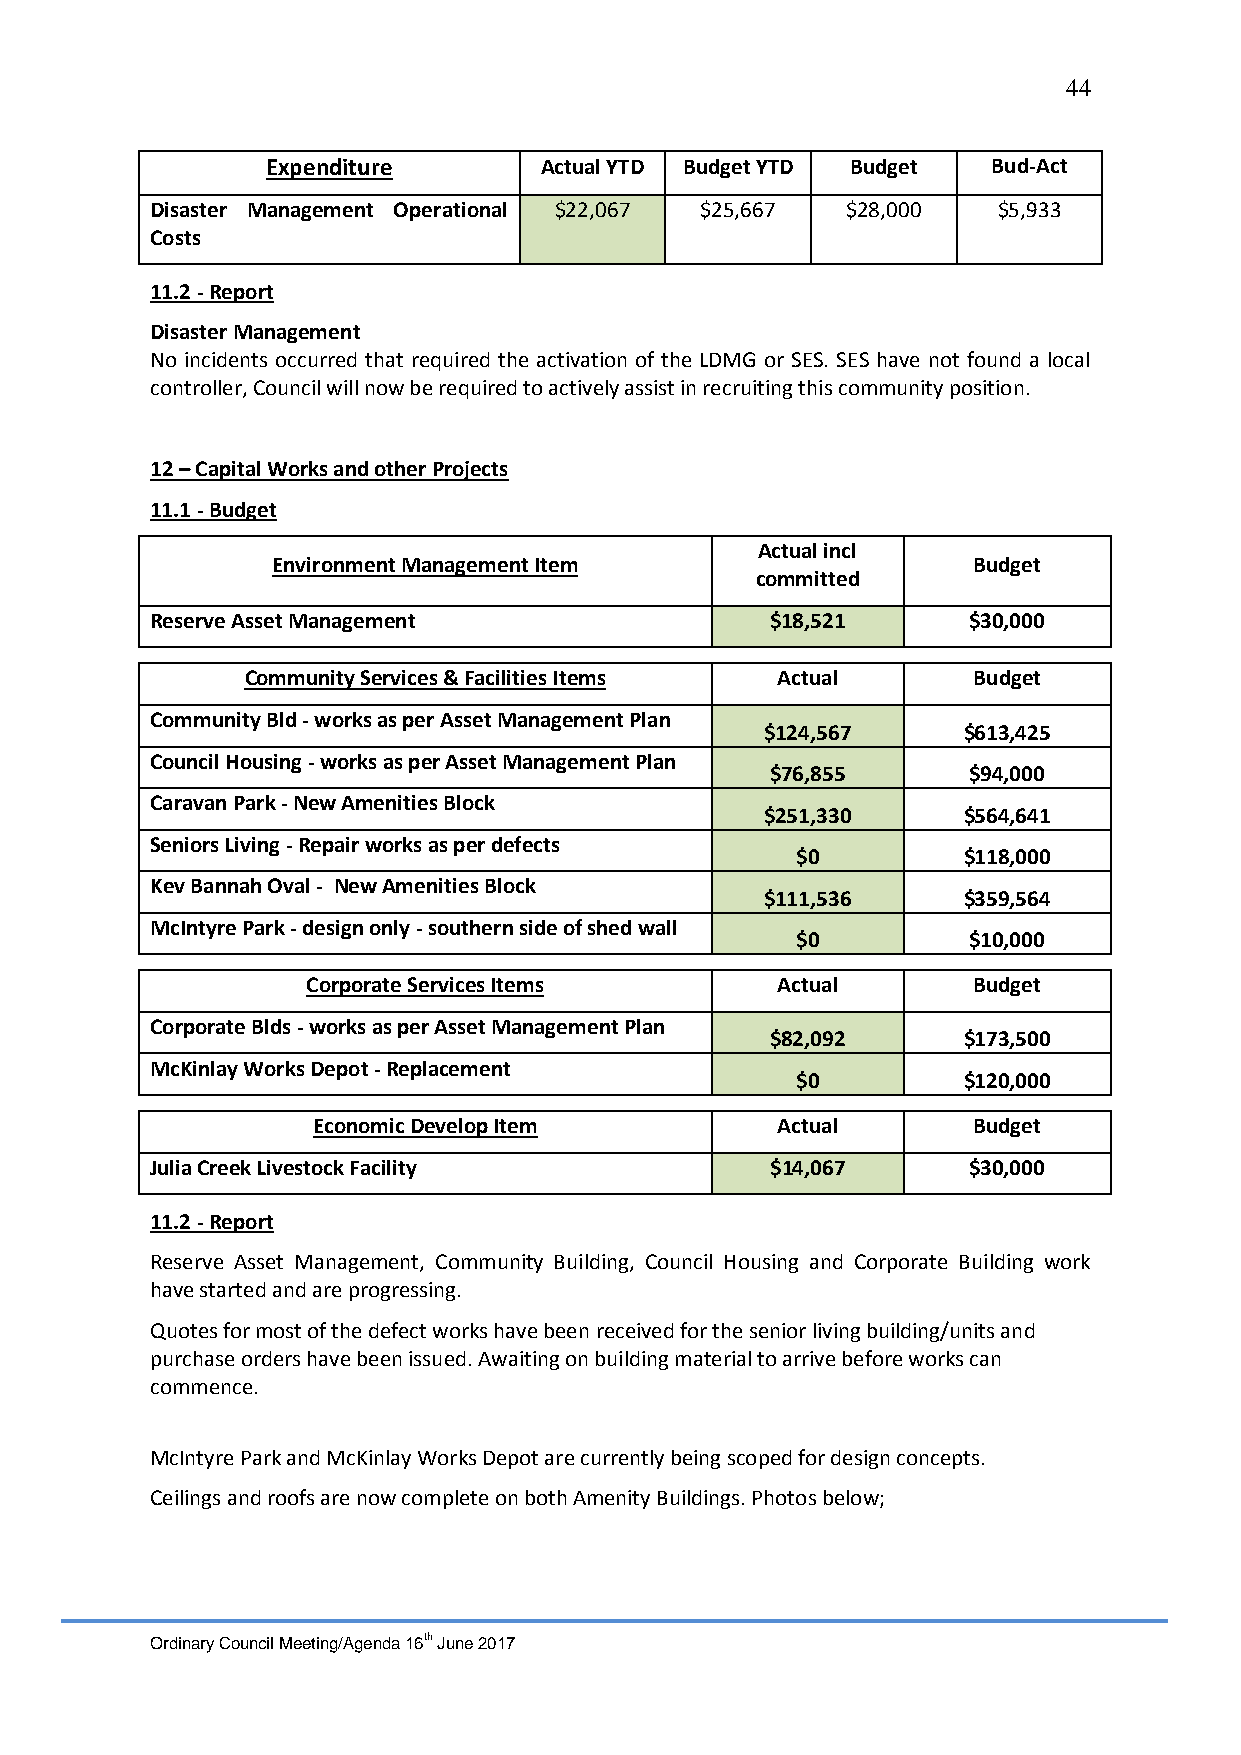
44
 Expenditure       Actual YTD Budget YTD Budget  Bud-Act
 Disaster Management Operational $22,067 $25,667 $28,000 $5,933
 Costs
 11.2 - Report
 Disaster Management
 No incidents occurred that required the activation of the LDMG or SES. SES have not found a local
 controller, Council will now be required to actively assist in recruiting this community position.
 12 – Capital Works and other Projects
 11.1 - Budget
 Actual incl
 Environment Management Item                   Budget
 committed
 Reserve Asset Management                 $18,521      $30,000
 Community Services & Facilities Items Actual    Budget
 Community Bld - works as per Asset Management Plan
 $124,567     $613,425
 Council Housing - works as per Asset Management Plan
 $76,855      $94,000
 Caravan Park - New Amenities Block
 $251,330     $564,641
 Seniors Living - Repair works as per defects
 $0         $118,000
 Kev Bannah Oval - New Amenities Block
 $111,536     $359,564
 McIntyre Park - design only - southern side of shed wall
 $0         $10,000
 Corporate Services Items       Actual       Budget
 Corporate Blds - works as per Asset Management Plan
 $82,092      $173,500
 McKinlay Works Depot - Replacement
 $0         $120,000
 Economic Develop Item         Actual       Budget
 Julia Creek Livestock Facility           $14,067      $30,000
 11.2 - Report
 Reserve Asset Management, Community Building, Council Housing and Corporate Building work
 have started and are progressing.
 Quotes for most of the defect works have been received for the senior living building/units and
 purchase orders have been issued. Awaiting on building material to arrive before works can
 commence.
 McIntyre Park and McKinlay Works Depot are currently being scoped for design concepts.
 Ceilings and roofs are now complete on both Amenity Buildings. Photos below;
 Ordinary Council Meeting/Agenda 16th June 2017